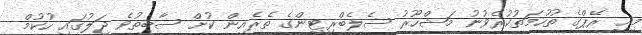
މިއީ ރޭޕްގެ ތުހުމަތުކުރެވުނު މަޝްހޫރު ސެލެބްރިޓީންގެ ތެރެއިން ކުށް ސާބިތުވެ ޖަލުގައި ހުކުމް